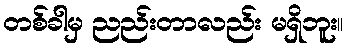
တစ်ခါမှ ညည်းတာလည်း မရှိဘူး။